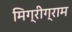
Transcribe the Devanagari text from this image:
मिग्रीग्राम